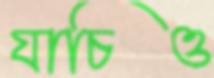
যাচিও